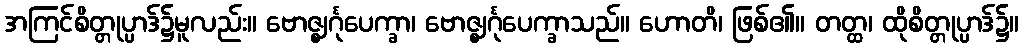
အကြင်စိတ္တုပ္ပာဒ်၌မူလည်း။ ဗောဇ္ဈင်္ဂုပေက္ခာ၊ ဗောဇ္ဈင်္ဂုပေက္ခာသည်။ ဟောတိ၊ ဖြစ်၏။ တတ္ထ၊ ထိုစိတ္တုပ္ပာဒ်၌။